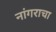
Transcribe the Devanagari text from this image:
नांगराचा